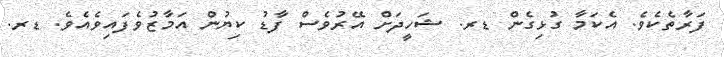
ފަރާތެކެވެ. އެކަމާ ގުޅިގެން ޑރ. ޝަހީދަށް އޭރުވެސް ފާޑު ކިޔުން އަމާޒުވެފައިވެއެވެ. ޑރ.